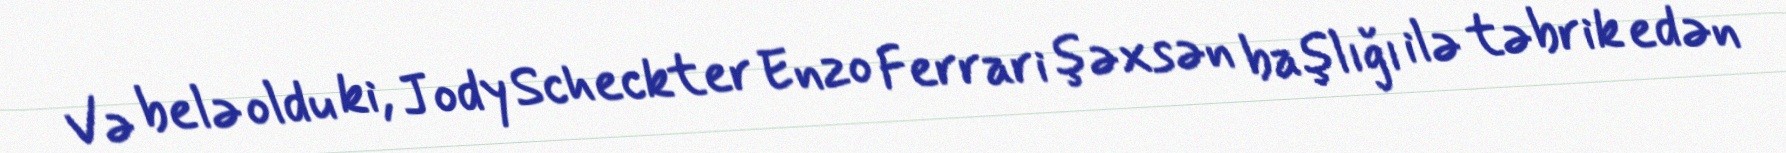
Və belə oldu ki, Jody Scheckter Enzo Ferrari şəxsən başlığı ilə təbrik edən